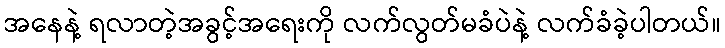
အနေနဲ့ ရလာတဲ့အခွင့်အရေးကို လက်လွတ်မခံပဲနဲ့ လက်ခံခဲ့ပါတယ်။